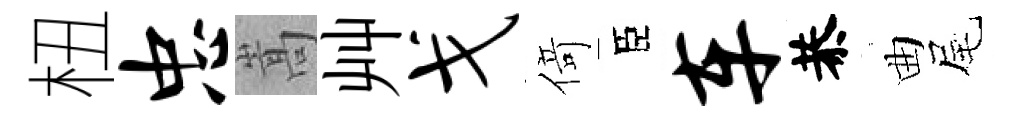
杻忠嵩艸戈𠋣臣车恭曲尾